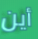
أين